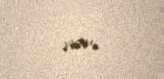
var.